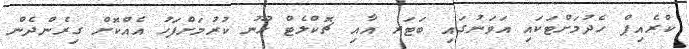
ކްރެއިޕް ހެދުމަށްޓަކައި އަވަނުގައި ބަޓަރ އާއި ޗޮކްލެޓް ހޫނު ކުރުމަށްފަހު އެއްކޮށް ގިރެންދެން